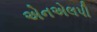
એનએલપી